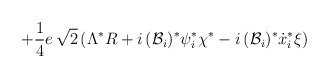
\begin{align*}+\frac{1}{4}e\, \sqrt{2}\left( \Lambda ^{*}R+i\, ({\cal {B}}_{i})^{*}\psi^{*}_{i}\chi ^{*}-i\, ({\cal {B}}_{i})^{*}\dot{x}_{i}^{*}\xi \right)\end{align*}